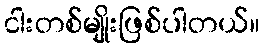
ငါးတစ်မျိုးဖြစ်ပါတယ်။